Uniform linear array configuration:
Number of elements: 24
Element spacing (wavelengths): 0.5
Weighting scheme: kaiser
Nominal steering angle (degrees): -45
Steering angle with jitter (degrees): -46.775
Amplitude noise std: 0.05
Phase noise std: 0.05

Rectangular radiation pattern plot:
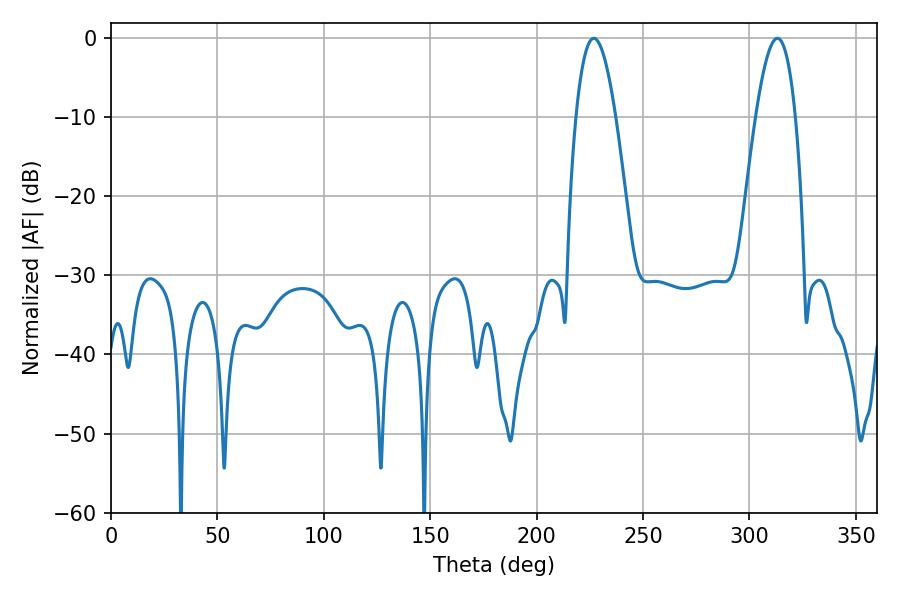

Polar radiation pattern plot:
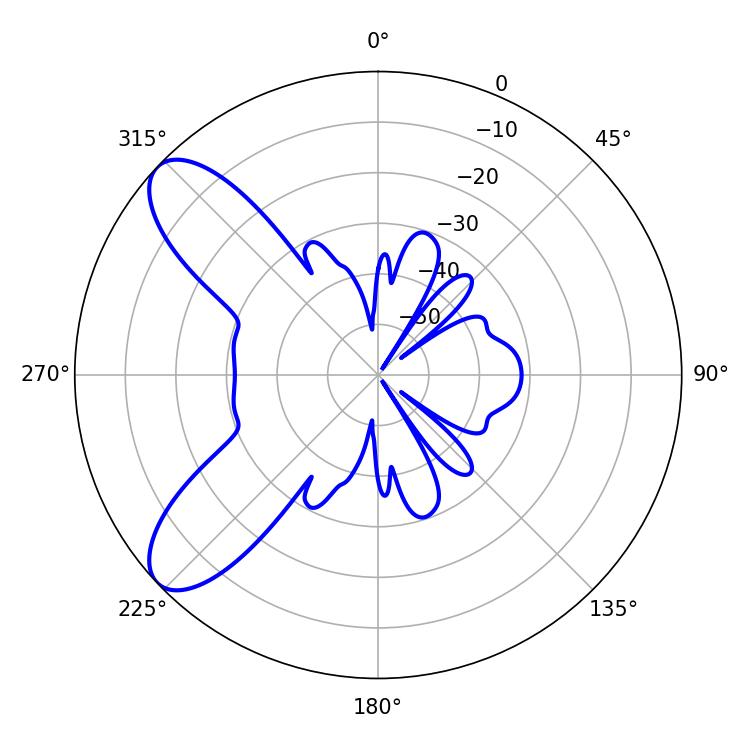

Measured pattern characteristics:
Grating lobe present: FALSE
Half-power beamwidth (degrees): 10.26
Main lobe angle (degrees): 226.8